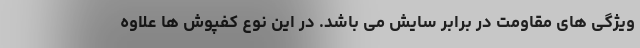
ویژگی های مقاومت در برابر سایش می باشد. در این نوع کفپوش ها علاوه